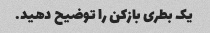
یک بطری بازکن را توضیح دهید.